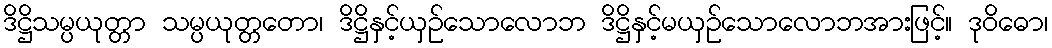
ဒိဋ္ဌိသမ္ပယုတ္တာ သမ္ပယုတ္တတော၊ ဒိဋ္ဌိနှင့်ယှဉ်သောလောဘ ဒိဋ္ဌိနှင့်မယှဉ်သောလောဘအားဖြင့်။ ဒုဝိဓော၊